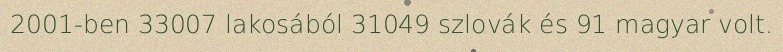
2001-ben 33007 lakosából 31049 szlovák és 91 magyar volt.